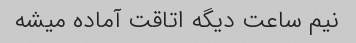
نیم ساعت دیگه اتاقت آماده میشه